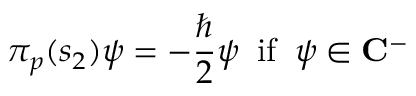
\pi _ { p } ( s _ { 2 } ) \psi = - \frac { \hbar } 2 \psi \; \; \mathrm { i } \mathrm { f } \; \; \psi \in { \bf C } ^ { - }